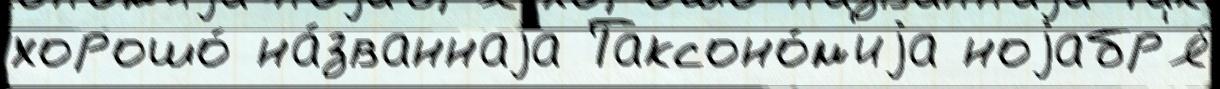
хорошо́ на́званнаjа Таксоно́м'иjа ноjабр'я́